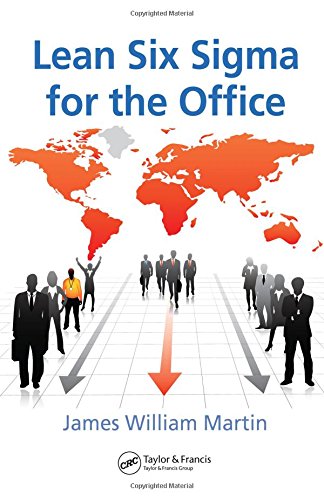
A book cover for Lean Six Sigma for the Office (Series on Resource Management); James William Martin; Business & Money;